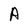
Character: A